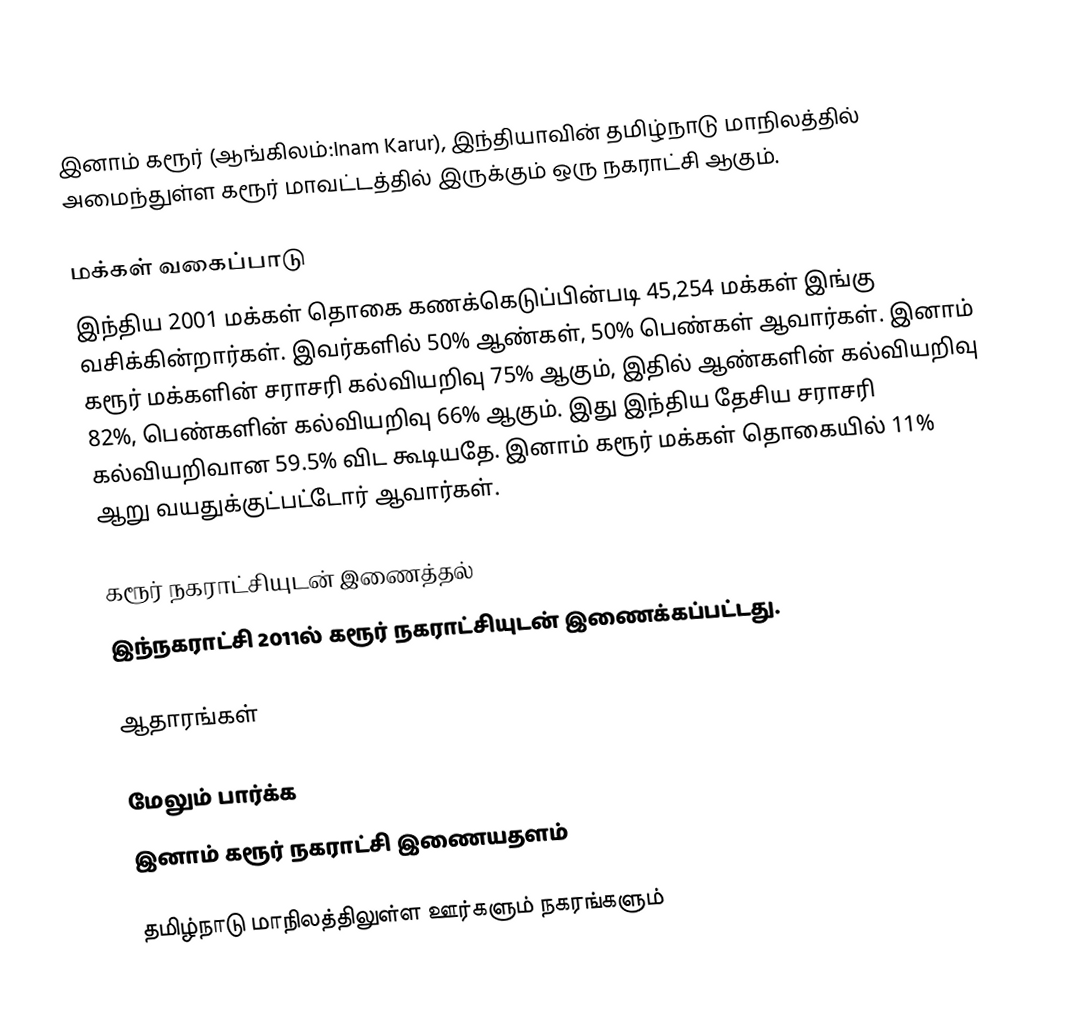
இனாம் கரூர் (ஆங்கிலம்:Inam Karur), இந்தியாவின் தமிழ்நாடு மாநிலத்தில் அமைந்துள்ள கரூர் மாவட்டத்தில் இருக்கும் ஒரு நகராட்சி ஆகும்.

மக்கள் வகைப்பாடு
இந்திய 2001 மக்கள் தொகை கணக்கெடுப்பின்படி 45,254 மக்கள் இங்கு வசிக்கின்றார்கள். இவர்களில் 50% ஆண்கள், 50% பெண்கள் ஆவார்கள். இனாம் கரூர் மக்களின் சராசரி கல்வியறிவு 75% ஆகும்,  இதில் ஆண்களின் கல்வியறிவு 82%,  பெண்களின் கல்வியறிவு 66% ஆகும். இது இந்திய தேசிய சராசரி கல்வியறிவான 59.5% விட கூடியதே. இனாம் கரூர் மக்கள் தொகையில் 11%  ஆறு வயதுக்குட்பட்டோர் ஆவார்கள்.

கரூர் நகராட்சியுடன் இணைத்தல்
இந்நகராட்சி 2011ல் கரூர் நகராட்சியுடன் இணைக்கப்பட்டது.

ஆதாரங்கள்

மேலும் பார்க்க
இனாம் கரூர் நகராட்சி இணையதளம்

தமிழ்நாடு மாநிலத்திலுள்ள ஊர்களும் நகரங்களும்